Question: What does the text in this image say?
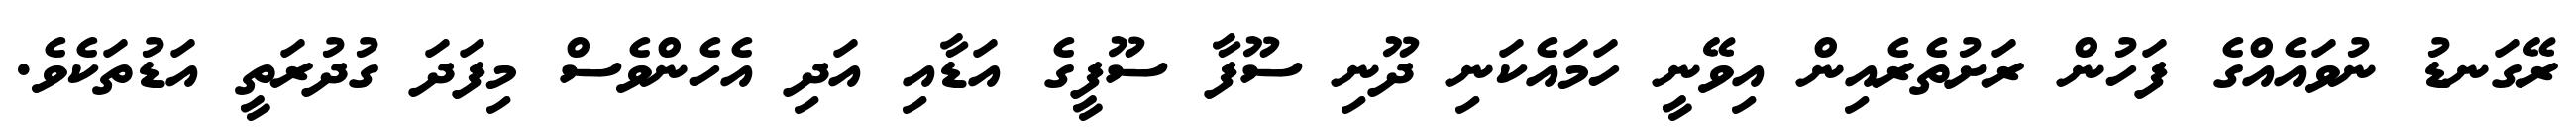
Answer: ރޭގަނޑު ނުވައެއްގެ ފަހުން ރަށުތެރެއިން އިވޭނީ ހަމައެކަނި ދޫނި ސޫފާ ސޫފީގެ އަޑާއި އަދި އެހެންވެސް މިފަދަ ގުދުރަތީ އަޑުތަކެވެ.